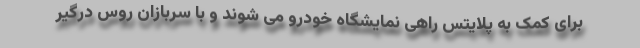
برای کمک به پلایتس راهی نمایشگاه خودرو می شوند و با سربازان روس درگیر